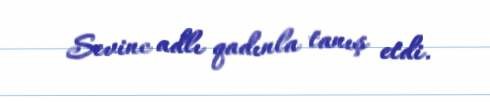
Sevinc adlı qadınla tanış etdi.